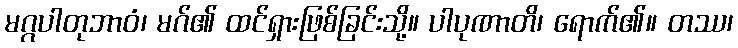
မဂ္ဂပါတုဘာဝံ၊ မဂ်၏ ထင်ရှားဖြစ်ခြင်းသို့။ ပါပုဏာတိ၊ ရောက်၏။ တဿ၊